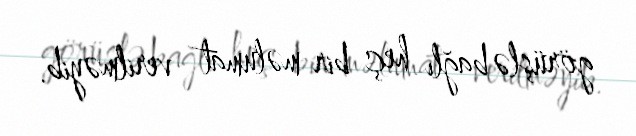
görüşlə bağlı heç bir məlumat verilməyib.